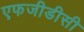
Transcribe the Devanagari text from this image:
एफजीडीसी